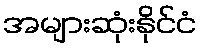
အများဆုံးနိုင်ငံ